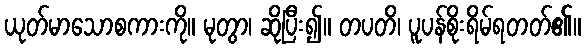
ယုတ်မာသောစကားကို။ မုတွာ၊ ဆိုပြီး၍။ တပတိ၊ ပူပန်စိုးရိမ်ရတတ်၏။